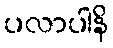
ပလာပါနိ